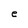
Character: e